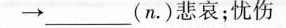
\to___(n\cdot )悲伤；忧伤